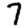
Digit: 7